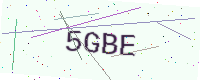
Text: 5GBE